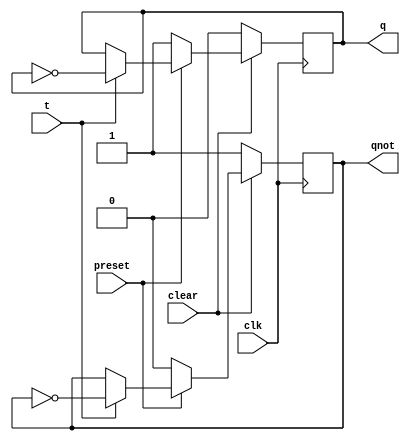
module tff ( output q, output qnot, input t, input clk, input preset, input clear );
	reg q, qnot;
	always @( posedge clk ) begin
		if ( ~clear )  begin
			q <= 0;
			qnot <= 1;
		end
		else if ( ~preset ) begin
			q <= 1;
			qnot <= 0;
		end
		else begin
			if ( t ) begin
				q <= ~q;
				qnot <= ~qnot;
			end
		end
	end
endmodule